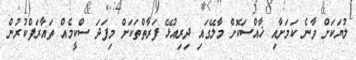
ލުޔަކަށް ވާނެ ކަމަށާއި ޚާއްސަކޮށް މާލޭގައި ދިރިއުޅޭ ފަރާތްތަކަށް މިފަދަ ސްކީމެއް ތައާރަފްކުރުން